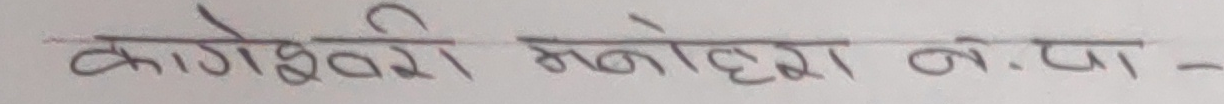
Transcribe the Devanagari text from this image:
कागेश्वरी मनोहरा न.पा -